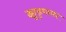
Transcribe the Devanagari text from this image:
झुडुपावर